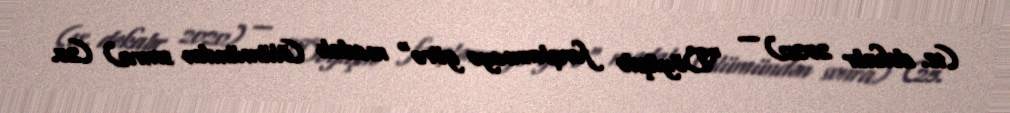
(18. dekabr 2020) — "Döyüşdə fərqlənməyə görə" medalı (ölümündən sonra) (25.